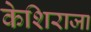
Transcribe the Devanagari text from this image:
केशिराजा